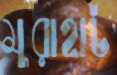
মুরাহাট